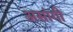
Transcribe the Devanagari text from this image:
असांगी